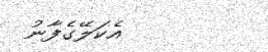
އެކަލޭގެފާނު